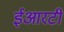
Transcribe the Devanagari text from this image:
ईआरटी